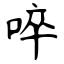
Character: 啐